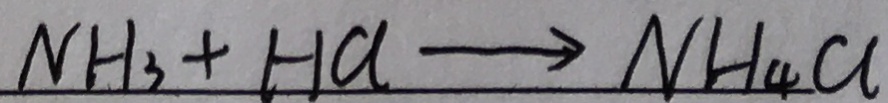
N H _ { 3 } + H a \rightarrow N H _ { 4 } a